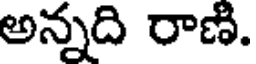
అన్నది రాణి.